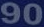
90